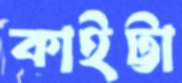
কাইট্টা